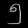
Digit: ၅